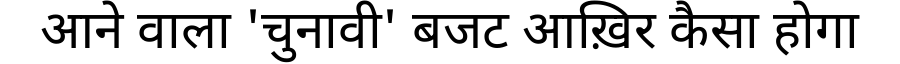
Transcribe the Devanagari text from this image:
आने वाला 'चुनावी' बजट आख़िर कैसा होगा